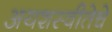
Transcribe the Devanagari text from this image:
अयशस्वीतेचे